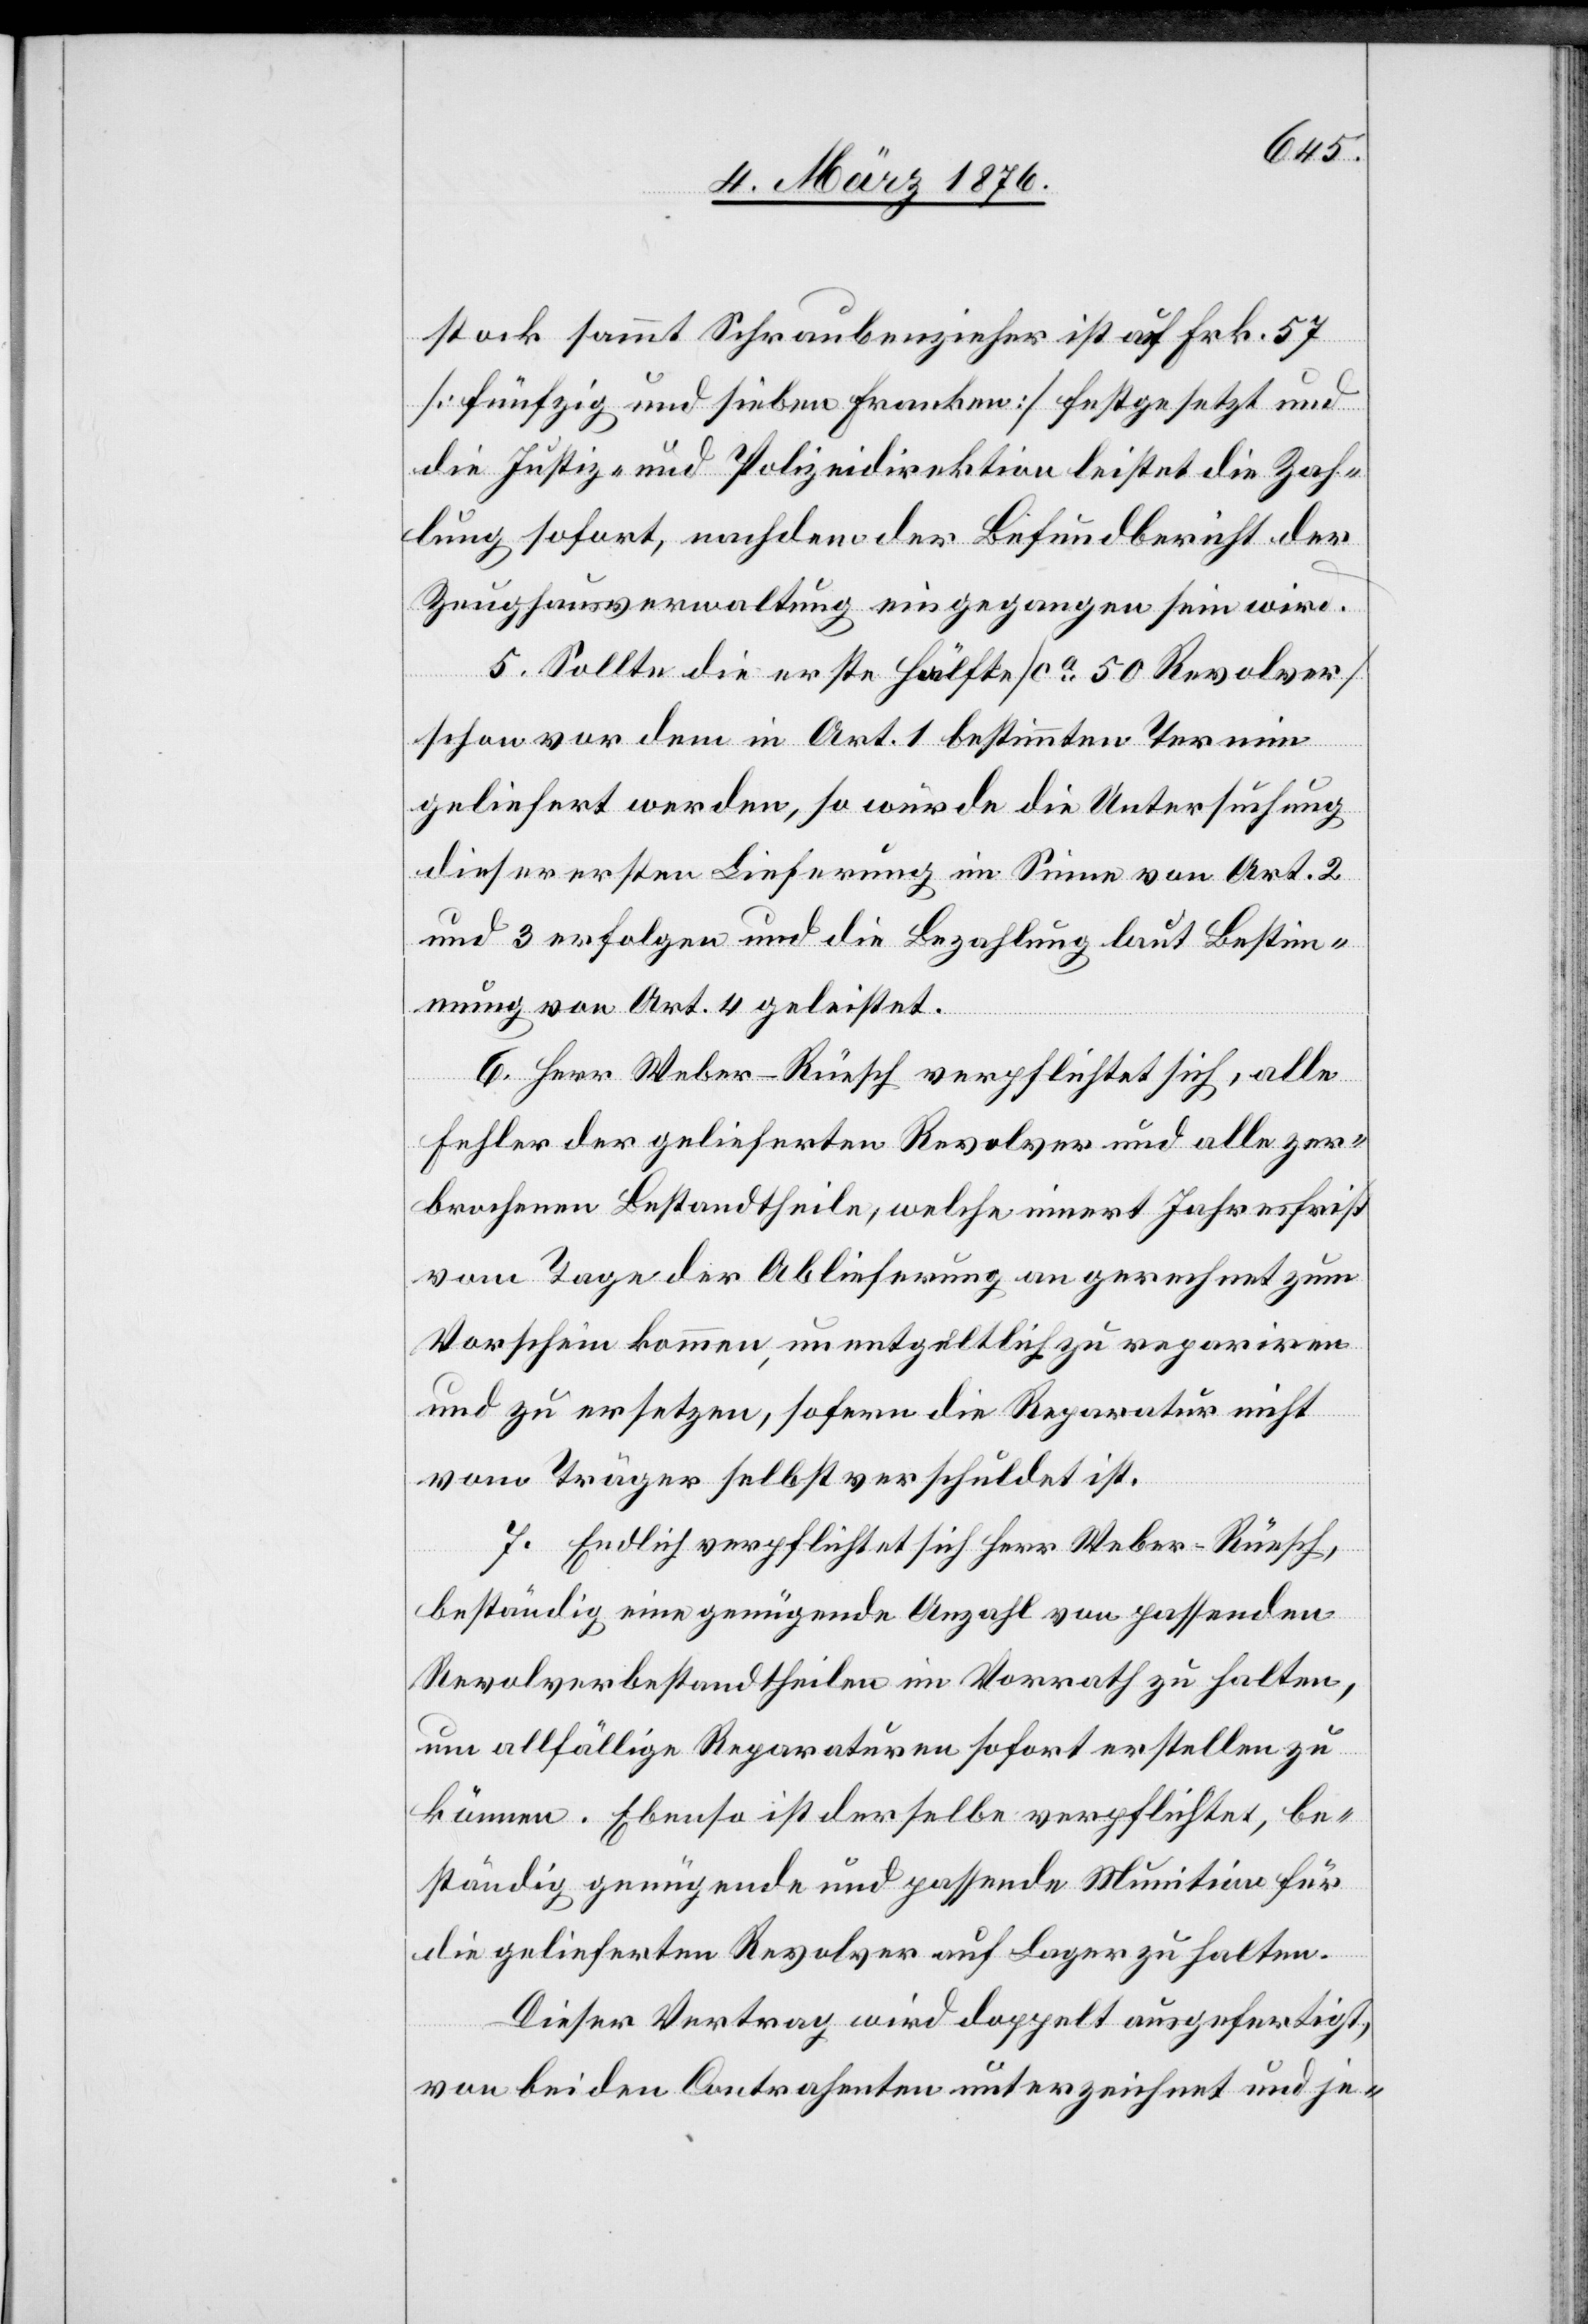
stock sammt Schraubenzieher ist auf Frk. 57
[fünfzig und sieben Franken] festgesetzt und
die Justiz- und Polizeidirektion leistet die Zah¬
lung sofort, nachdem der Befundbericht der
Zeughausverwaltung eingegangen sein wird.
5. Sollte die erste Hälfte [ca 50 Revolver]
schon vor dem in Art. 1 bestimmten Termin
geliefert werden, so würde die Untersuchung
dieser ersten Lieferung im Sinne von Art. 2
und 3 erfolgen und die Bezahlung laut Bestimm¬
ung von Art. 4 geleistet.
6. Herr Weber-Rüesch verpflichtet sich, alle
Fehler der gelieferten Revolver und alle zer¬
brochenen Bestandtheile, welche innert Jahresfrist
vom Tage der Ablieferung an gerechnet zum
Vorschein kommen, unentgeltlich zu repariren
und zu ersetzen, sofern die Reparatur nicht
vom Träger selbst verschuldet ist.
7. Endlich verpflichtet sich Herr Weber-Rüesch,
beständig eine genügende Anzahl von passenden
Revolverbestandtheilen im Vorrath zu halten,
um allfällige Reparaturen sofort erstellen zu
können. Ebenso ist derselbe verpflichtet, be¬
ständig genügende und passende Munition für
die gelieferten Revolver auf Lager zu halten.
Dieser Vertrag wird doppelt ausgefertigt,
von beiden Contrahenten unterzeichnet und je-